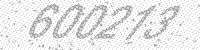
Solution: 600213